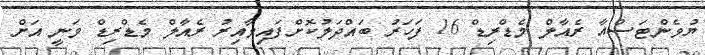
ޔުވެންޓަސްއާ ރެއާލް މެޑްރިޑް 16 ފަހަރު ބައްދަލުކޮށްފައިވާއިރު ރެއާލް މެޑްރިޑް ވަނީ އަށް